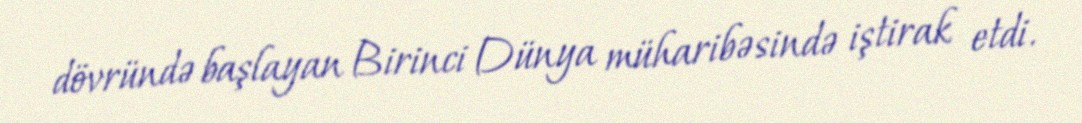
dövründə başlayan Birinci Dünya müharibəsində iştirak etdi.